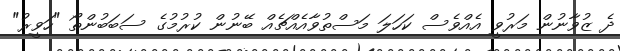
ދެ ޒުވާނުން މަރުވީ އެއްވެސް ކަހަލަ މަސްތުވާއެއްޗެއް ބޭނުން ކުރުމުގެ ސަބަބުންތޯ "ހަވީރު"